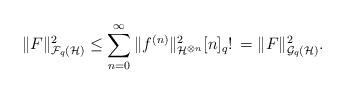
LaTeX: \begin{align*}\|F\|_{\mathcal{F}_q(\mathcal{H})}^2\le\sum_{n=0}^\infty\|f^{(n)}\|_{\mathcal{H}^{\otimes n}}^2[n]_q!\,=\|F\|_{\mathcal{G}_q(\mathcal{H})}^2.\end{align*}